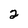
Character: 2